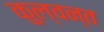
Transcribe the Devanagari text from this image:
कुल्वन्त